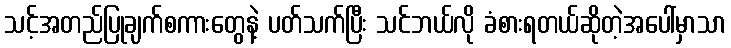
သင့်အတည်ပြုချက်စကားတွေနဲ့ ပတ်သက်ပြီး သင်ဘယ်လို ခံစားရတယ်ဆိုတဲ့အပေါ်မှာသာ